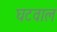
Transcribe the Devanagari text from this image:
घटवाल